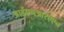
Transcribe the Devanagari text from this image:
आईएनआरएएन